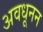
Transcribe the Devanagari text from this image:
अवधूनन